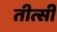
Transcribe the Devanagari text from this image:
तीत्सी